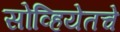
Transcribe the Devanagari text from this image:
सोव्हियेतचे